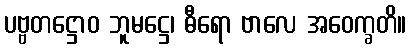
ပဗ္ဗတဋ္ဌောဝ ဘူမဋ္ဌေ၊ ဓီရော ဗာလေ အဝေက္ခတိ။